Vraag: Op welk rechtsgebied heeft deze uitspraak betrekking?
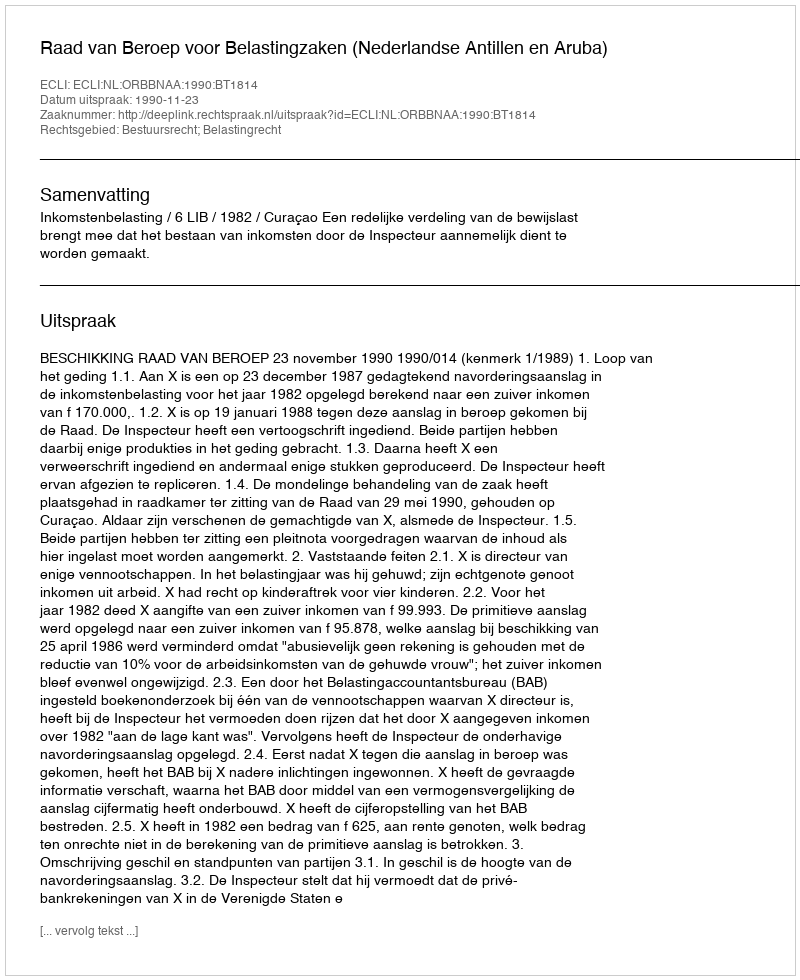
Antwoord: Bestuursrecht; Belastingrecht